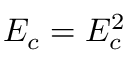
E _ { c } = E _ { c } ^ { 2 }